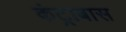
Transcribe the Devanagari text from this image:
कंट्राबास